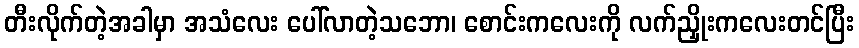
တီးလိုက်တဲ့အခါမှာ အသံလေး ပေါ်လာတဲ့သဘော၊ စောင်းကလေးကို လက်ညှိုးကလေးတင်ပြီး